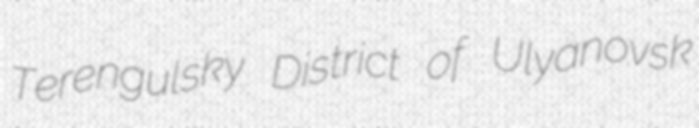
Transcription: Terengulsky District of Ulyanovsk